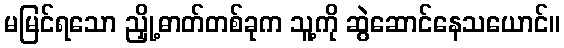
မမြင်ရသော ညှို့ဓာတ်တစ်ခုက သူ့ကို ဆွဲဆောင်နေသယောင်။